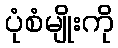
ပုံစံမျိုးကို